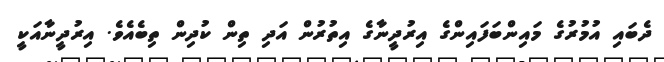
ދެބައި އުމުރުގެ މައިންބަފައިންގެ އިރުދީނާގެ އިތުރުން އަދި ތިން ކުދިން ތިބެއެވެ. އިރުދީނާއަކީ